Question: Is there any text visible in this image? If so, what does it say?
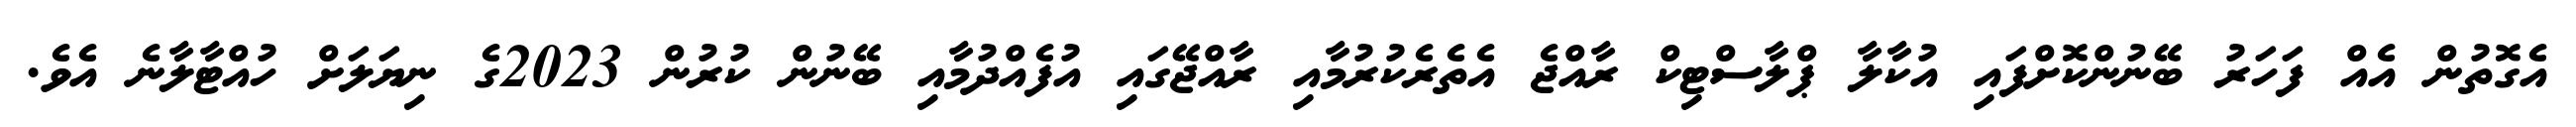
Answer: އެގޮތުން އެއް ފަހަރު ބޭނުންކޮށްފައި އުކާލާ ޕްލާސްޓިކް ރާއްޖެ އެތެރެކުރުމާއި ރާއްޖޭގައި އުފެއްދުމާއި ބޭނުން ކުރުން 2023ގެ ނިޔަލަށް ހުއްޓާލާނެ އެވެ.